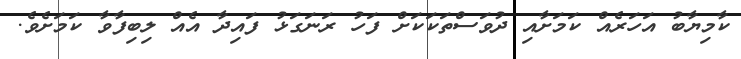
ކާމިޔާބު އަހަރެއް ކަމަށާއި ދުވަސްތަކަކަށް ފަހު ރަނަގަޅު ފައިދާ އެއް ލިބިފާވާ ކަމަށެވެ.